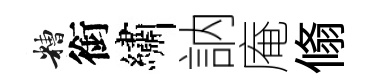
糟銜繡訥庵翛